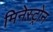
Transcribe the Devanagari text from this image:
मिनेस्ट्रोन